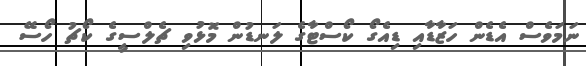
ނަމަވެސް އެޑެން ހަޒާޑާއި ޑިއެގޯ ކޯސްޓާގެ ލަނޑުން މޮޅުވި ޗެލްސީގެ ކޯޗު ހޯސޭ